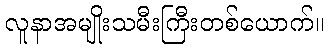
လူနာအမျိုးသမီးကြီးတစ်ယောက်။